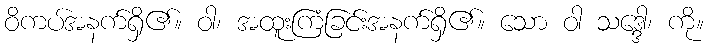
ဝိကပ်အနက်ရှိ၏။ ဝါ၊ အထူးကြံခြင်းအနက်ရှိ၏။ သော ဝါ သဒ္ဒေါ၊ ကို။